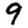
Digit: 9